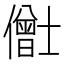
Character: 𫣸